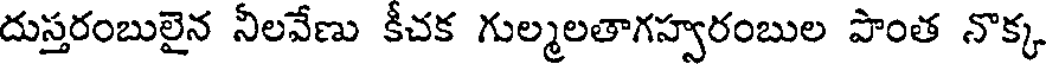
దుస్తరంబులైన నీలవేణు కీచక గుల్మలతాగహ్వరంబుల పొంత నొక్క